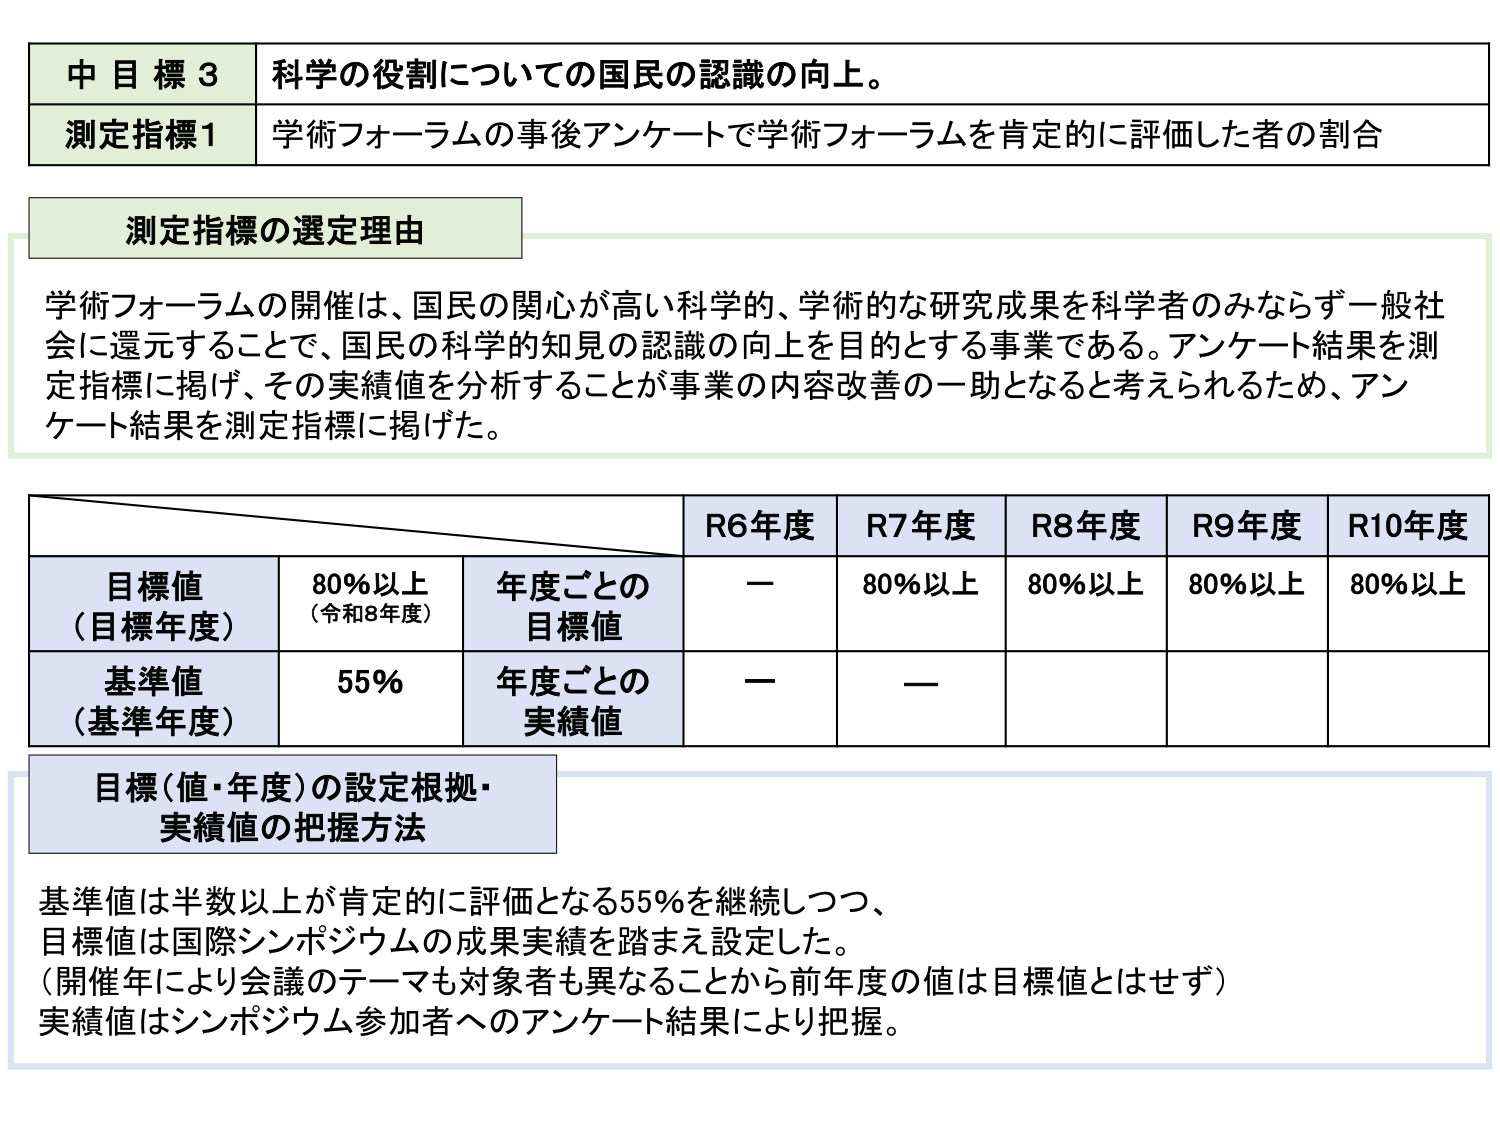
中目標3 科学の役割についての国民の認識の向上。
測定指標1 学術フォーラムの事後アンケートで学術フォーラムを肯定的に評価した者の割合

測定指標の選定理由
学術フォーラムの開催は、国民の関心が高い科学的、学術的な研究成果を科学者のみならず一般社会に還元することで、国民の科学的知見の認識の向上を目的とする事業である。アンケート結果を測定指標に掲げ、その実績値を分析することが事業の内容改善の一助となると考えられるため、アンケート結果を測定指標に掲げた。

R6年度 R7年度 R8年度 R9年度 R10年度
目標値（目標年度） 80％以上（令和8年度） 年度ごとの目標値 ー 80％以上 80％以上 80％以上 80％以上
基準値（基準年度） 55％ 年度ごとの実績値 ー ー

目標（値・年度）の設定根拠・実績値の把握方法
基準値は半数以上が肯定的に評価となる55％を継続しつつ、
目標値は国際シンポジウムの成果実績を踏まえ設定した。
（開催年により会議のテーマも対象者も異なることから前年度の値は目標値とはせず）
実績値はシンポジウム参加者へのアンケート結果により把握。